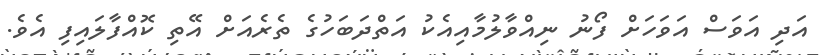
އަދި އަވަސް އަވަހަށް ފޯނު ނިއްވާލުމާއިއެކު އަތްދަބަހުގެ ތެރެއަށް އޭތި ކޮއްފާލައިފި އެވެ.